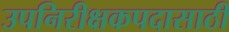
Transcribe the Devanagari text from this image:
उपनिरीक्षकपदासाठी